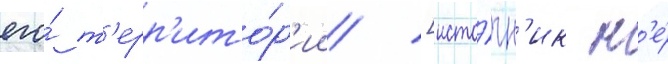
его́ т'ерр'ито́р'ии [исто́чн'ик н'е́